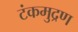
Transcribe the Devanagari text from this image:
टंकमुद्रण